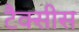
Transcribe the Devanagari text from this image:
टैक्सीस